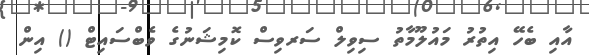
އާއި ބެހޭ އިތުރު މައުލޫމާތު ސިވިލް ސަރވިސް ކޮމިޝަނުގެ ވެބްސައިޓް () އިން